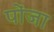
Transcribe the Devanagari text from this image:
पोंजा